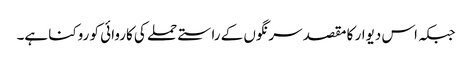
جبکہ اس دیوار کا مقصد سرنگوں کے راستے حملے کی کاروائی کو روکنا ہے۔